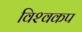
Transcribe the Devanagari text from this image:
विश्‍वकप